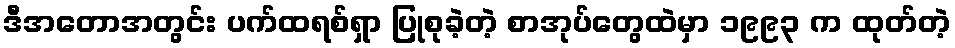
ဒီအတောအတွင်း ပက်ထရစ်ရှာ ပြုစုခဲ့တဲ့ စာအုပ်တွေထဲမှာ ၁၉၉၃ က ထုတ်တဲ့